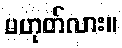
မဟုတ်လား။